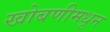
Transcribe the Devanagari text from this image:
खोबणीमधून